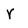
Character: r